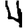
Digit: 4